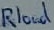
Text: Rload